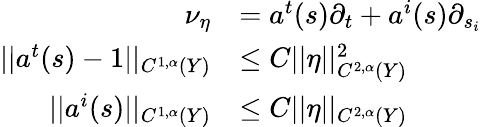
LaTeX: \begin{array}{rl}{\nu_{\eta}}&{=a^{t}(s)\partial_{t}+a^{i}(s)\partial_{s_{i}}}\\ {||a^{t}(s)-1||_{C^{1,\alpha}(Y)}}&{\leq C||\eta||_{C^{2,\alpha}(Y)}^{2}}\\ {||a^{i}(s)||_{C^{1,\alpha}(Y)}}&{\leq C||\eta||_{C^{2,\alpha}(Y)}}\end{array}